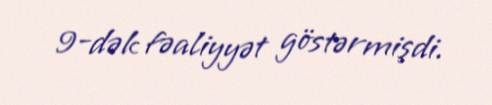
9-dək fəaliyyət göstərmişdi.